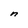
Character: n